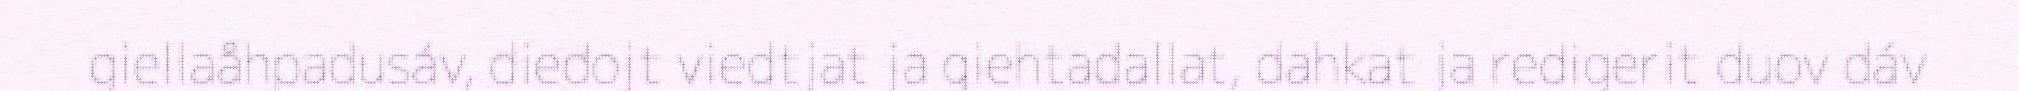
giellaåhpadusáv, diedojt viedtjat ja giehtadallat, dahkat ja redigerit duov dáv